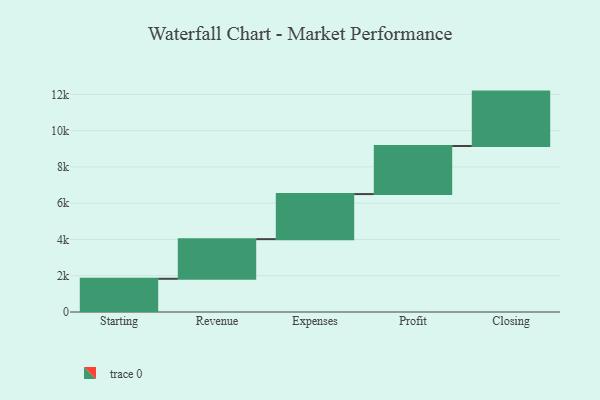
{"axis": {"x": "Step", "y": "Value"}, "legend": [""], "data": [{"x": "Starting", "y": 1832.0, "type": ""}, {"x": "Revenue", "y": 2185.0, "type": ""}, {"x": "Expenses", "y": 2486.0, "type": ""}, {"x": "Profit", "y": 2650.0, "type": ""}, {"x": "Closing", "y": 3000, "type": ""}]}